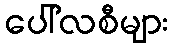
ပေါ်လစီများ